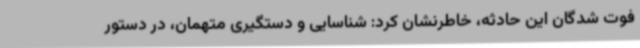
فوت شدگان این حادثه، خاطرنشان کرد: شناسایی و دستگیری متهمان، در دستور